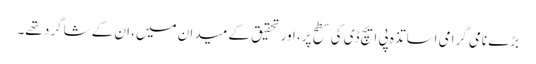
بڑے نامی گرامی اساتذہ پی ایچ ڈی کی سطح پر، اور تحقیق کے میدان میں، ان کے شاگرد تھے۔